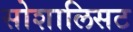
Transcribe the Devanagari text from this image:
सोशालिसट